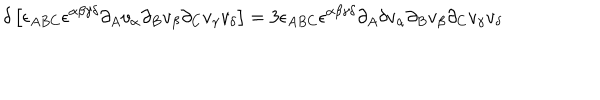
\delta \left[ \epsilon _ { A B C } \epsilon ^ { \alpha \beta \gamma \delta } \partial _ { A } v _ { \alpha } \partial _ { B } v _ { \beta } \partial _ { C } v _ { \gamma } v _ { \delta } \right] = 3 \epsilon _ { A B C } \epsilon ^ { \alpha \beta \gamma \delta } \partial _ { A } \delta v _ { \alpha } \partial _ { B } v _ { \beta } \partial _ { C } v _ { \gamma } v _ { \delta }